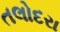
તલોદરા